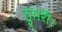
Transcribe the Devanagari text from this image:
ठुमरी।